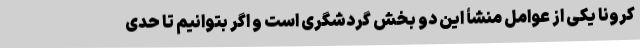
کرونا یکی از عوامل منشأ این دو بخش گردشگری است و اگر بتوانیم تا حدی